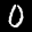
Label: 0